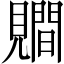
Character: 𧢑